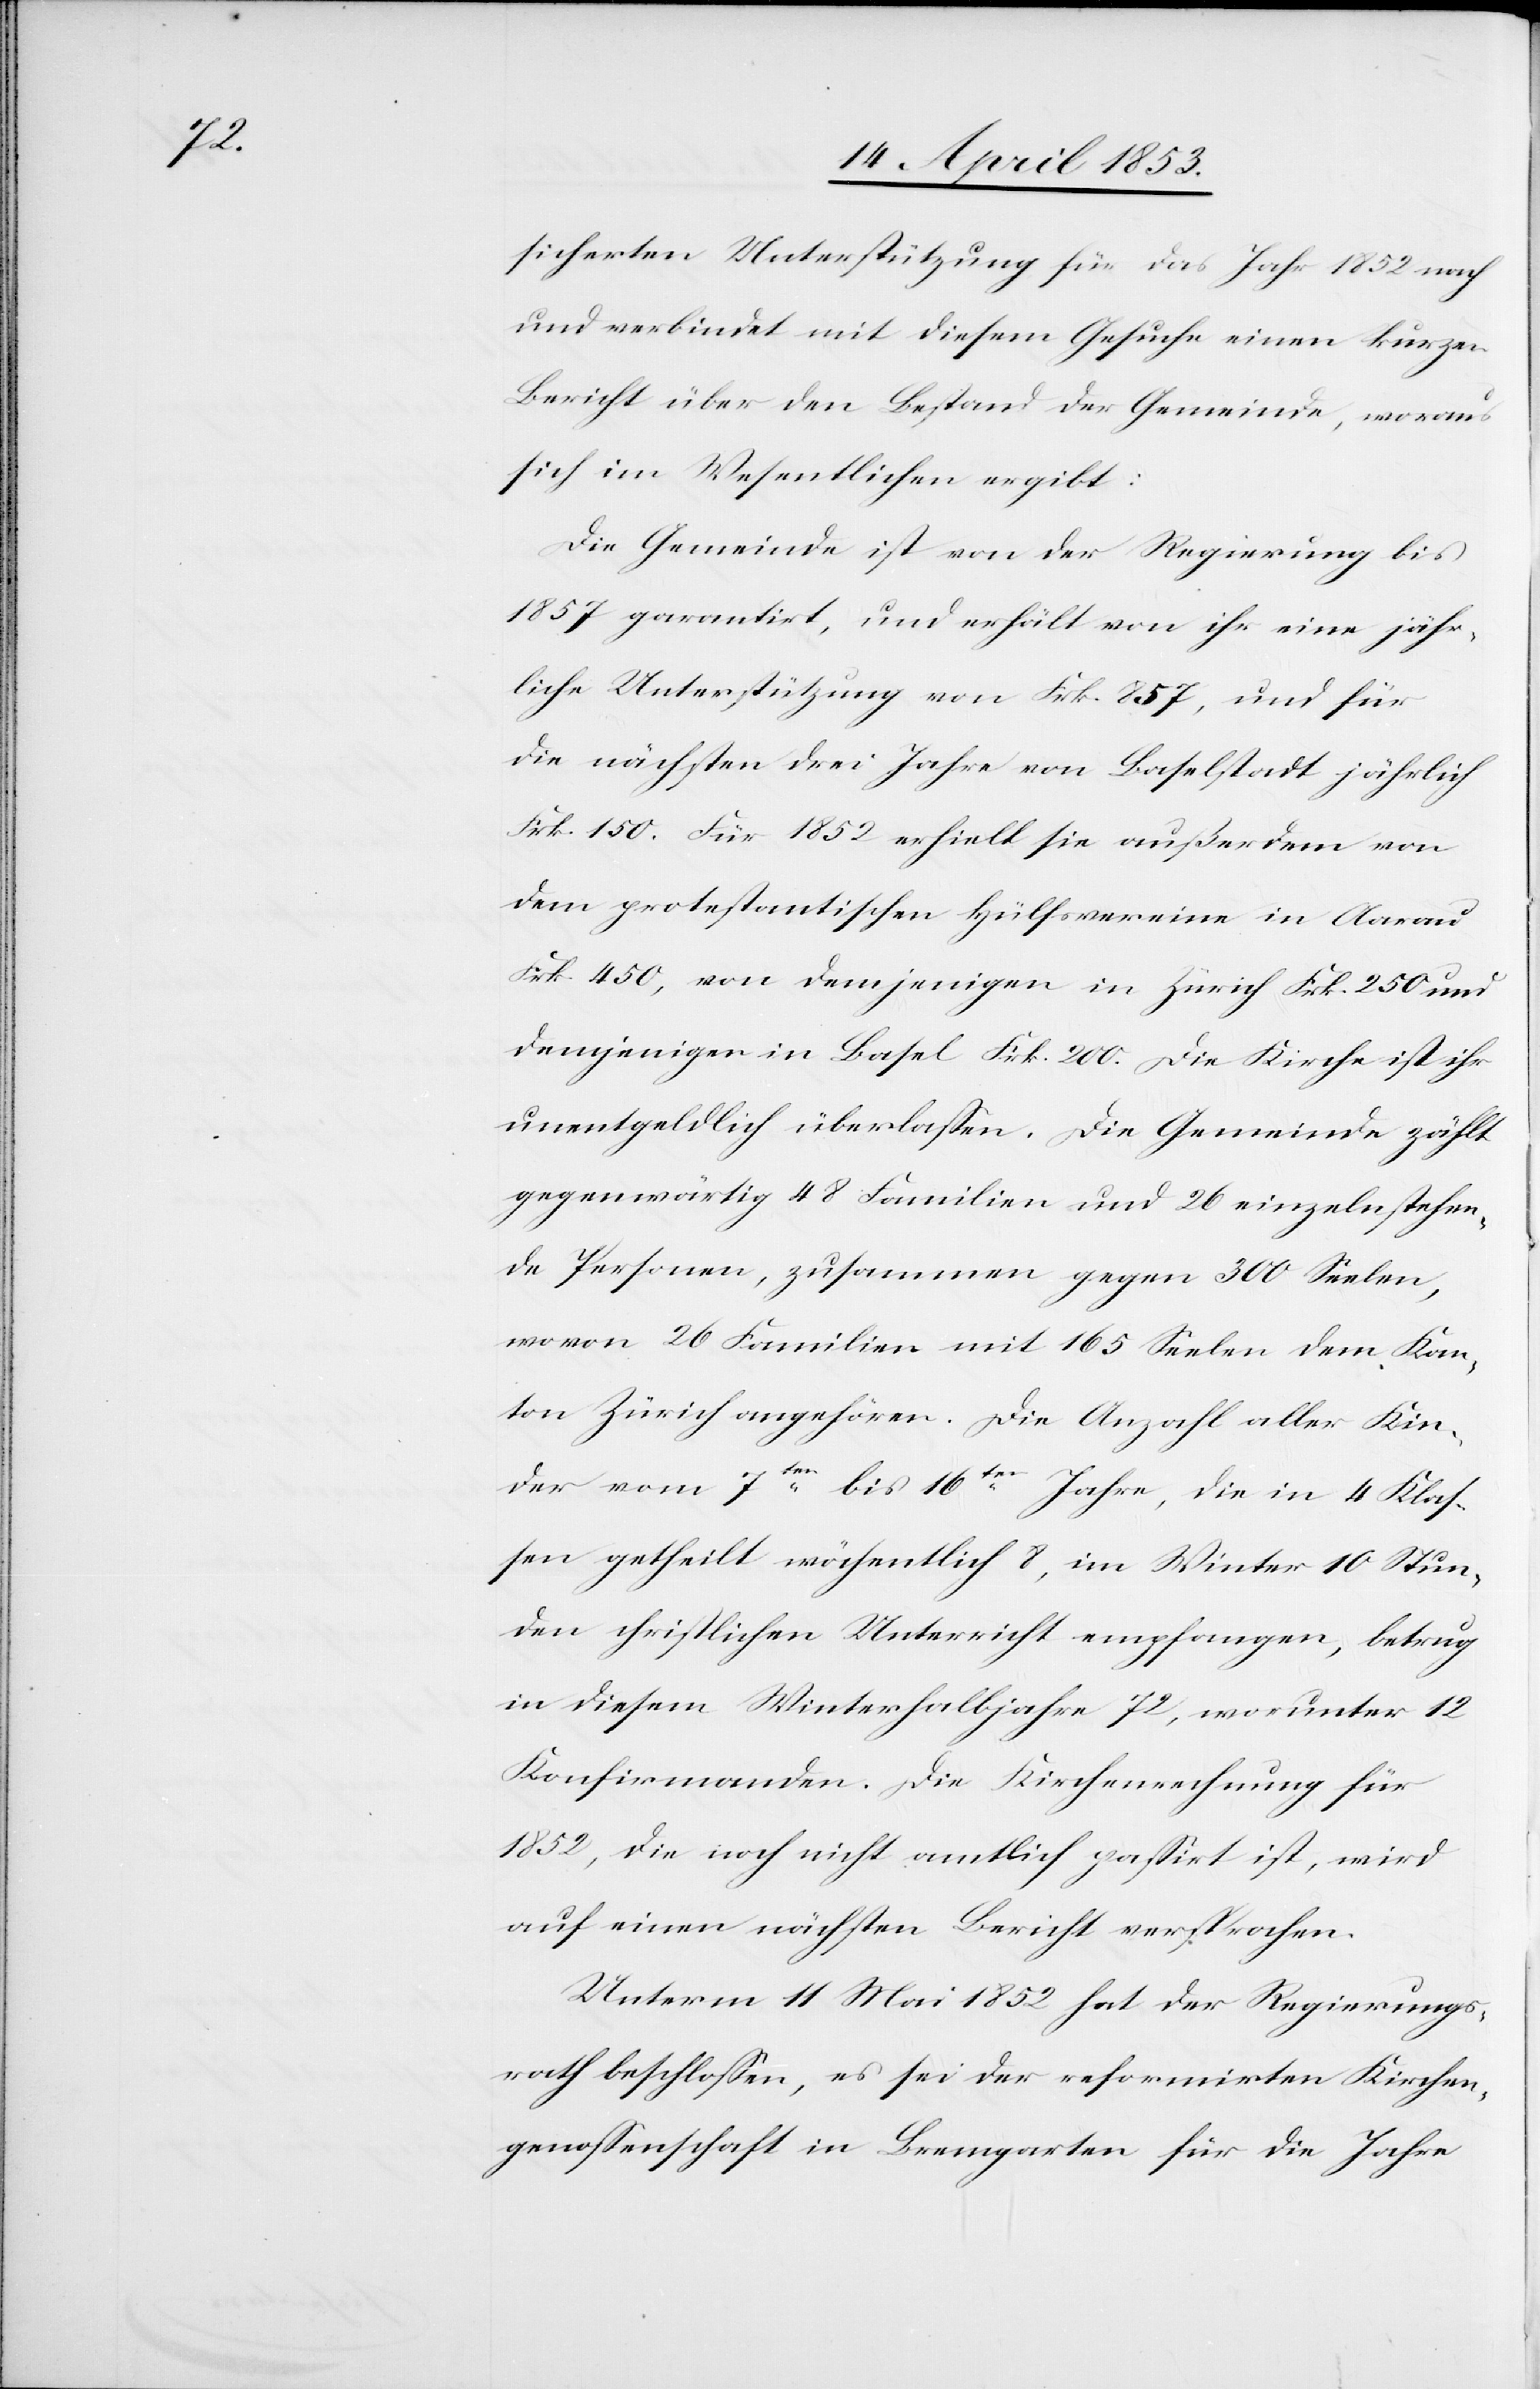
sicherten Unterstützung für das Jahr 1852 nach
und verbindet mit diesem Gesuche einen kurzen
Bericht über den Bestand der Gemeinde, woraus
sich im Wesentlichen ergibt:
Die Gemeinde ist von der Regierung bis
1857 garantirt, und erhält von ihr eine jähr¬
liche Unterstützung von Frk. 857, und für
die nächsten drei Jahre von Baselstadt jährlich
Frk. 150. Für 1852 erhielt sie außerdem von
dem protestantischen Hülfsvereine in Aarau
Frk. 450, von demjenigen in Zürich Frk. 250 und
demjenigen in Basel Frk. 200. Die Kirche ist ihr
unentgeldlich überlaßen. Die Gemeinde zählt
gegenwärtig 48 Familien und 26 einzeln stehen¬
de Personen, zusammen gegen 300 Seelen,
wo von 26 Familien mit 165 Seelen dem Kan¬
ton Zürich angehören. Die Anzahl aller Kin¬
der vom 7ten bis 16ten Jahre, die in 4 Klas¬
sen getheilt wöchentlich 8, im Winter 10 Stun¬
den christlichen Unterricht empfangen, betrug
in diesem Winterhalbjahre 72, worunter 12
Konfirmanden. Die Kirchenrechnung für
1852, die noch nicht amtlich paßirt ist, wird
auf einen nächsten Bericht versprochen.
Unterm 11 Mai 1852 hat der Regierungs¬
rath beschloßen, es sei der reformirten Kirchen¬
genoßenschaft in Bremgarten für die Jahre